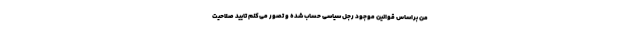
من براساس قوانین موجود رجل سیاسی حساب شده و تصور می‌کنم تایید صلاحیت